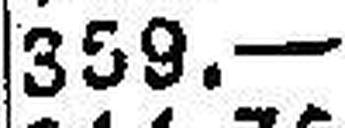
359.—